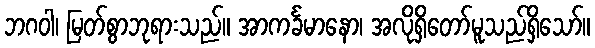
ဘဂဝါ၊ မြတ်စွာဘုရားသည်။ အာကင်္ခမာနော၊ အလိုရှိတော်မူသည်ရှိသော်။